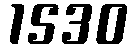
1530